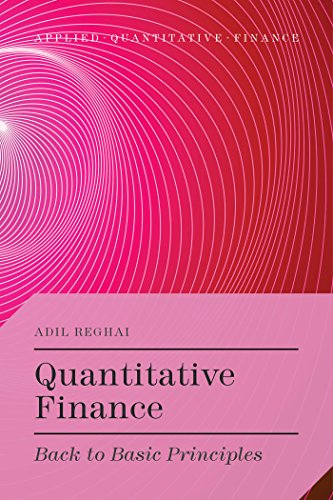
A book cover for Quantitative Finance: Back to Basic Principles (Applied Quantitative Finance); Adil Reghai; Business & Money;